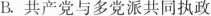
B.共产党与多党派共同执政